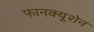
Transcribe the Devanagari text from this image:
फानक्यूशेन